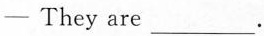
—They are ___.